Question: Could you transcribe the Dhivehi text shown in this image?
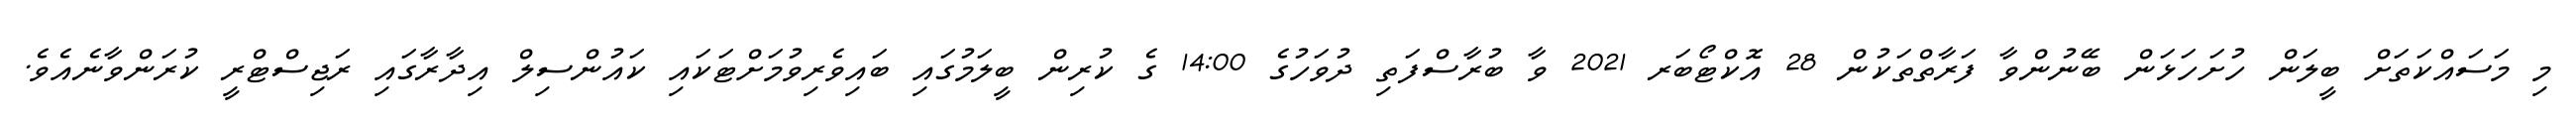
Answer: މި މަސައްކަތަށް ބީލަން ހުށަހަޅަން ބޭނުންވާ ފަރާތްތަކުން 28 އޮކްޓޯބަރ 2021 ވާ ބުރާސްފަތި ދުވަހުގެ 14:00 ގެ ކުރިން ބީލަމުގައި ބައިވެރިވުމަށްޓަކައި ކައުންސިލް އިދާރާގައި ރަޖިސްޓްރީ ކުރަންވާނެއެވެ.